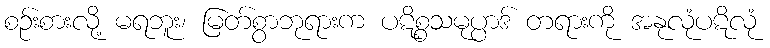
စဉ်းစားလို့ မရဘူး၊ မြတ်စွာဘုရားက ပဋိစ္စသမုပ္ပာဒ် တရားကို အနုလုံပဋိလုံ